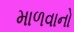
માળવાનો